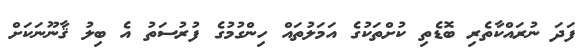
ފަދަ ނުރައްކާތެރި ބޮޑެތި ކުށްތަކުގެ އަމަލުތައް ހިންގުމުގެ ފުރުސަތު އެ ބިލު ޤާނޫނަކަށް